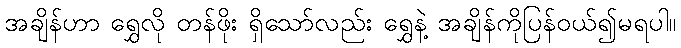
အချိန်ဟာ ရွှေလို တန်ဖိုး ရှိသော်လည်း ရွှေနဲ့ အချိန်ကိုပြန်ဝယ်၍မရပါ။